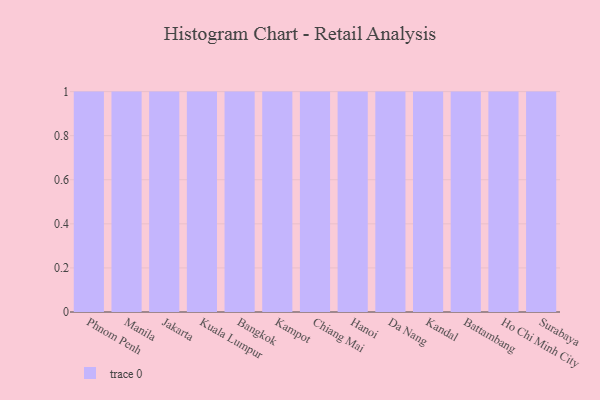
{"axis": {"x": "City", "y": "Production Output"}, "legend": [""], "data": [{"x": "Phnom Penh", "y": 11, "type": ""}, {"x": "Manila", "y": 100, "type": ""}, {"x": "Jakarta", "y": 61, "type": ""}, {"x": "Kuala Lumpur", "y": 89, "type": ""}, {"x": "Bangkok", "y": 43, "type": ""}, {"x": "Kampot", "y": 30, "type": ""}, {"x": "Chiang Mai", "y": 99, "type": ""}, {"x": "Hanoi", "y": 28, "type": ""}, {"x": "Da Nang", "y": 58, "type": ""}, {"x": "Kandal", "y": 26, "type": ""}, {"x": "Battambang", "y": 55, "type": ""}, {"x": "Ho Chi Minh City", "y": 65, "type": ""}, {"x": "Surabaya", "y": 66, "type": ""}]}